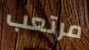
مرتعب